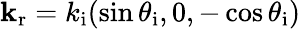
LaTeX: {\mathbf k}_{\mathrm{r}}=k_{\mathrm{i}}(\sin\theta_{\mathrm{i}},0,-\cos\theta_{\mathrm{i}})